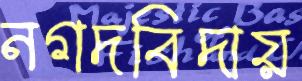
নগদবিদায়